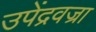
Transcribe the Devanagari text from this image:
उपेंद्रवज्रा